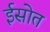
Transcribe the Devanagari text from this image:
ईसोत